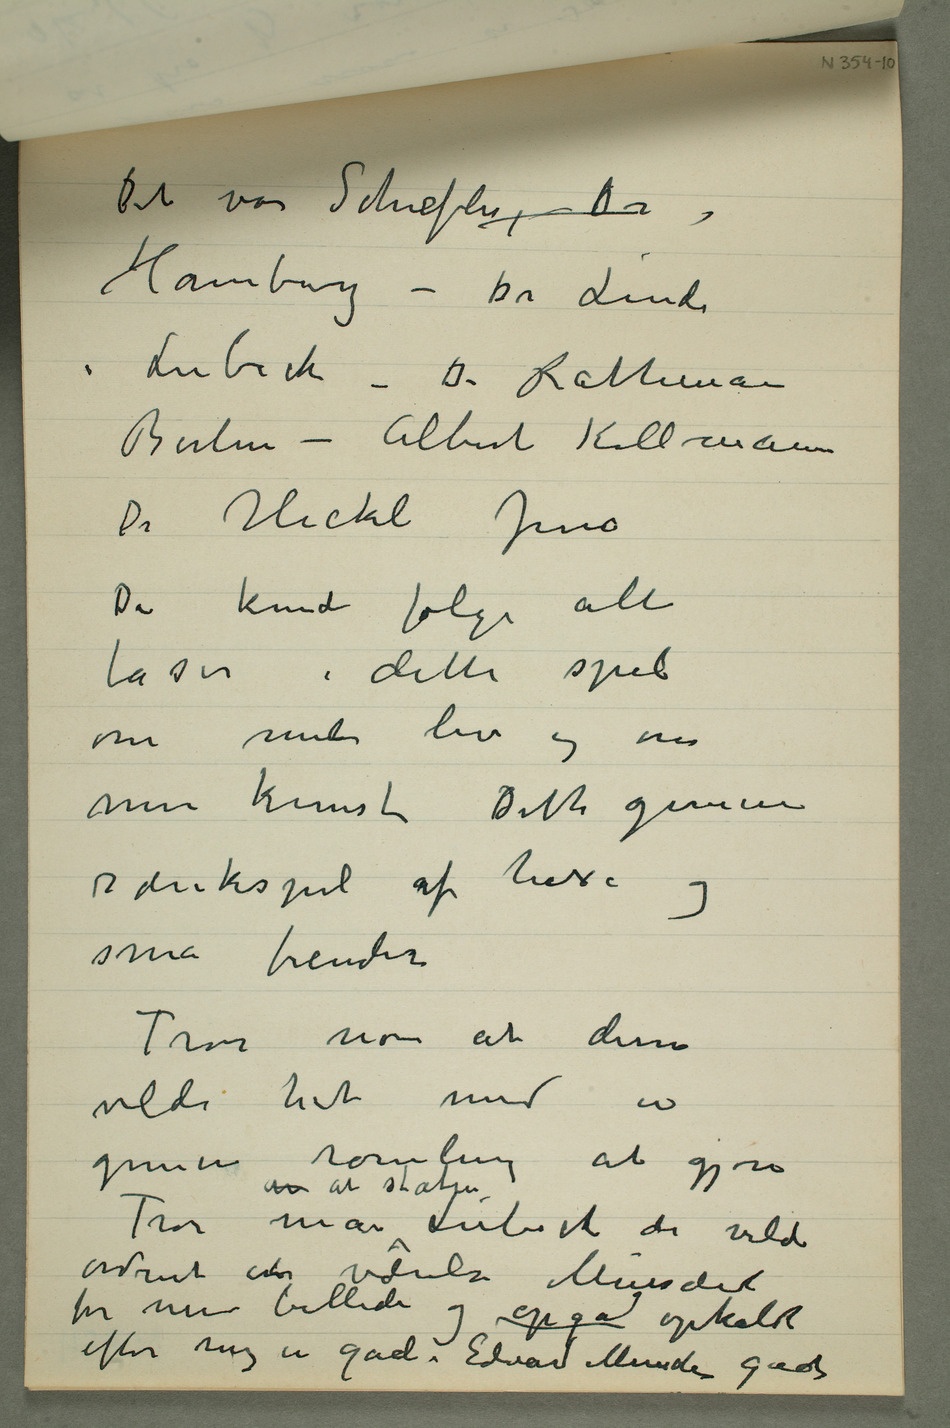
Det var Schiefler, Dr
Hamburg – Dr Linde
i Lübeck – Dr Rathenau
Berlin – Albert Kollmann
Dr Heckel Jena
De kunde følge alle
faser i dette spil
om mit liv og nu
min kunstDette gemene
rænkespil af hexe og
små fiender
Tror noen at disse
vilde hat med en
gemen rømling at gjøre
Tror man  at staten Lübeck der vilde
ordnet ent værelse Mussæet
for mine billeder og opga opkaldt
efter mig en gade Edvard Munchs gade